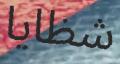
شظايا